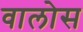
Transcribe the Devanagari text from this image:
वालोस